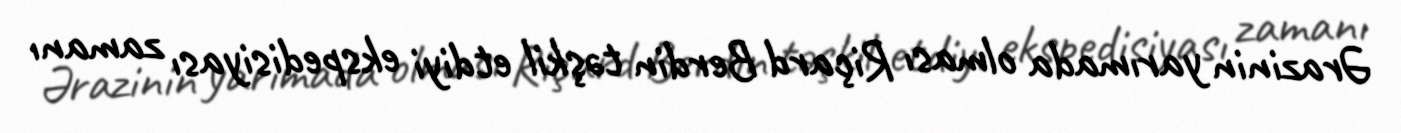
Ərazinin yarımada olması Riçard Berdin təşkil etdiyi ekspedisiyası zamanı